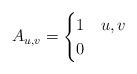
LaTeX: \begin{align*} A_{u,v}=\begin{cases} 1&u,v\\ 0 &\end{cases}\end{align*}